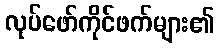
လုပ်ဖော်ကိုင်ဖက်များ၏